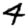
Digit: 4